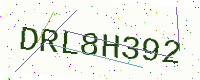
Text: DRL8H392